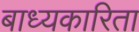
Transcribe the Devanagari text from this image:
बाध्यकारिता